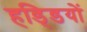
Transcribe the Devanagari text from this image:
हडि्‍डयों